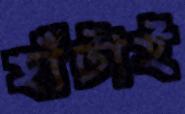
হাঁটাই